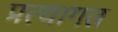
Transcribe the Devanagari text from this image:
प्रत्यागत